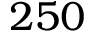
2 5 0